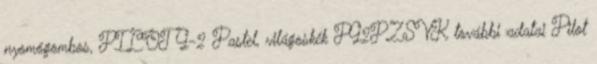
nyomógombos, PILOT G-2 Pastel, világoskék PG2PZSVK további adatai Pilot